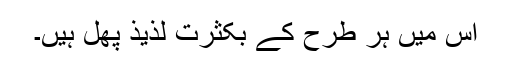
اس میں ہر طرح کے بکثرت لذیذ پھل ہیں۔